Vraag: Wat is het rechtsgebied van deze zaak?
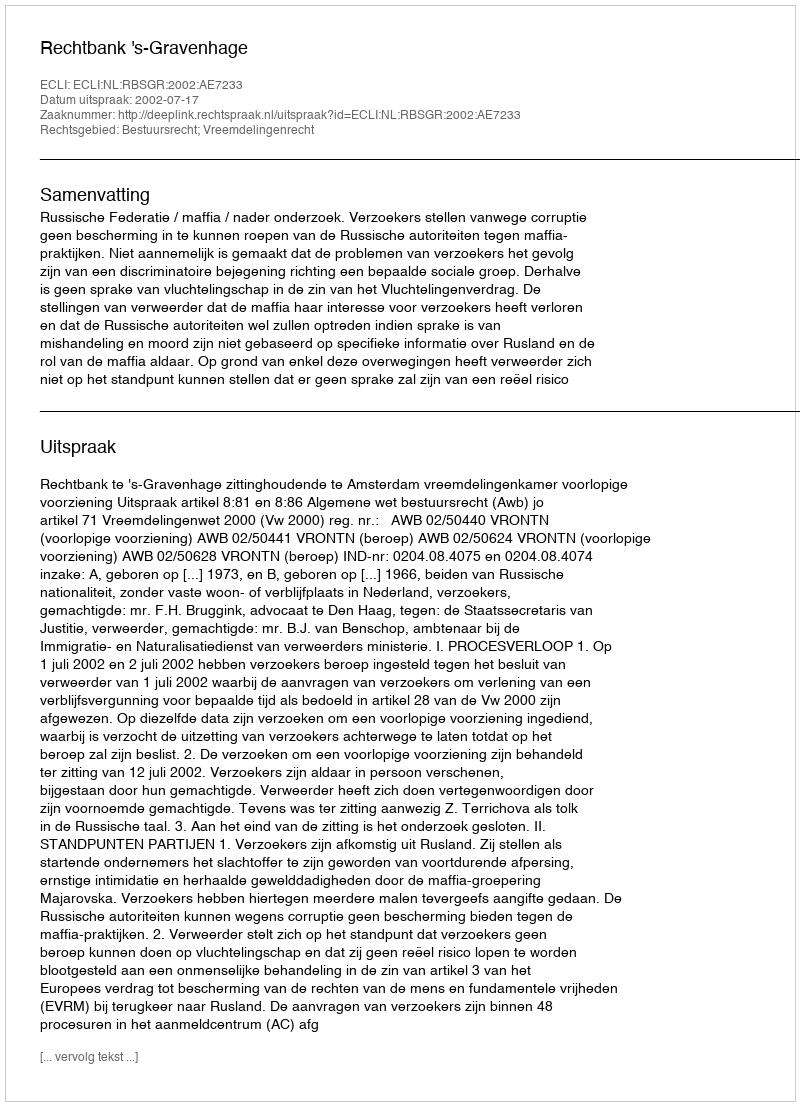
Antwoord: Bestuursrecht; Vreemdelingenrecht